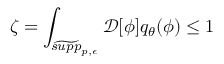
\zeta = \int _ { \widetilde { s u p p } _ { p , \epsilon } } \mathcal { D } [ \phi ] q _ { \theta } ( \phi ) \leq 1